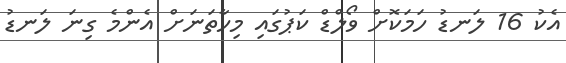
އެކު 16 ލަނޑު ހަމަކޮށް ވޯލްޑް ކަޕުގައި މިހާތަނަށް އެންމެ ގިނަ ލަނޑު